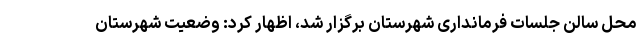
محل سالن جلسات فرمانداری شهرستان برگزار شد، اظهار کرد: وضعیت شهرستان